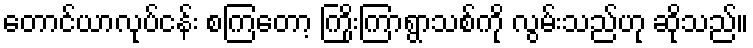
တောင်ယာလုပ်ငန်း စကြတော့ ကြိုးကြာရွာသစ်ကို လွမ်းသည်ဟု ဆိုသည်။